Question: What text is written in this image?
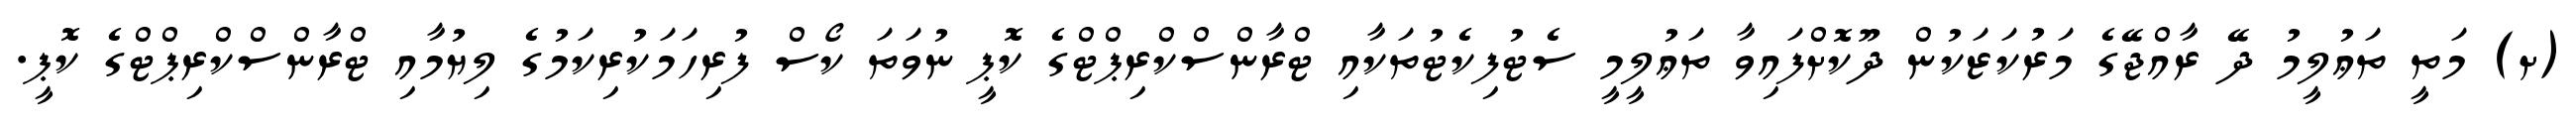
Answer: (ށ) މަތީ ތަޢުލީމު ދޭ ރާއްޖޭގެ މަރުކަޒަކުން ދޫކޮށްފައިވާ ތަޢުލީމީ ސެޓުފިކެޓުތަކާއި ޓްރާންސްކްރިޕްޓްގެ ކޮޕީ ނުވަތަ ކޯސް ފުރިހަމަކުރިކަމުގެ ލިޔުމާއި ޓްރާންސްކްރިޕްޓްގެ ކޮޕީ.